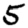
Digit: 5